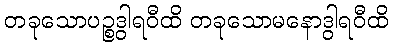
တခုသောပဉ္စဒွါရဝီထိ တခုသောမနောဒွါရဝီထိ